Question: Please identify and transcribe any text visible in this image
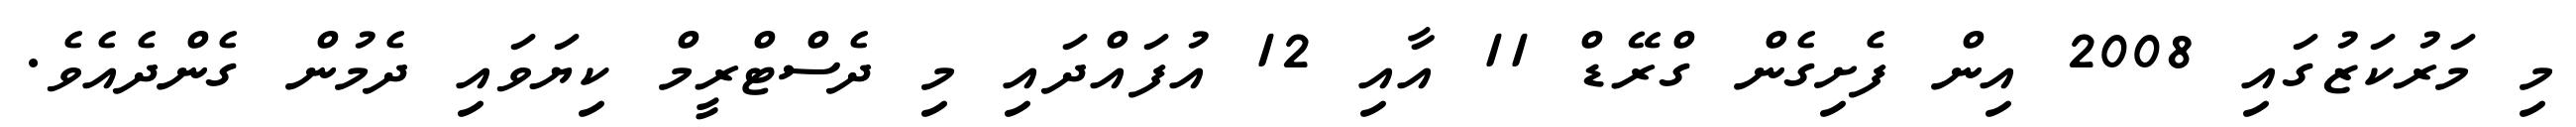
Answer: މި މަރުކަޒުގައި 2008 އިން ފެށިގެން ގްރޭޑް 11 އާއި 12 އުފައްދައި މި ދެސްޓްރީމް ކިޔަވައި ދެމުން ގެންދެއެވެ.